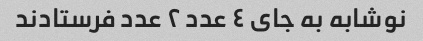
نوشابه به جای ٤ عدد ٢ عدد فرستادند